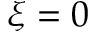
\xi = 0